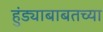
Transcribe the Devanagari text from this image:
हुंड्याबाबतच्या